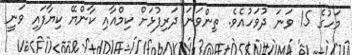
މަހުގެ 15 ވަނަ ދުވަހުއެވެ. ތިންވަނަ ދަރިފުޅަށް ކިމްއާއި ކާންޔޭ ކިޔާފައި ވަނީ